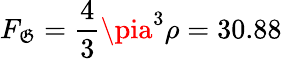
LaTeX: F_{\mathfrak{G}}=\frac{{4}}{{3}}\pia^{3}\rho=30.88